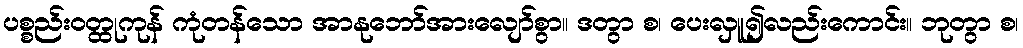
ပစ္စည်းဝတ္ထုကုန် ကုံတန်သော အာနုဘော်အားလျော်စွာ။ ဒတွာ စ၊ ပေးလှူ၍လည်းကောင်း။ ဘုတွာ စ၊